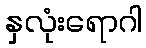
နှလုံးရောဂါ